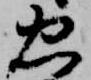
忠